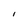
Character: l